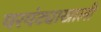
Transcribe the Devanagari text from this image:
वरवंट्याखाली